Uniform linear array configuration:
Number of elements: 8
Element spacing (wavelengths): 0.25
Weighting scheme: binomial
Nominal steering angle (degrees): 45
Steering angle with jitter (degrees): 44.61
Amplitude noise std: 0.05
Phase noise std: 0.05

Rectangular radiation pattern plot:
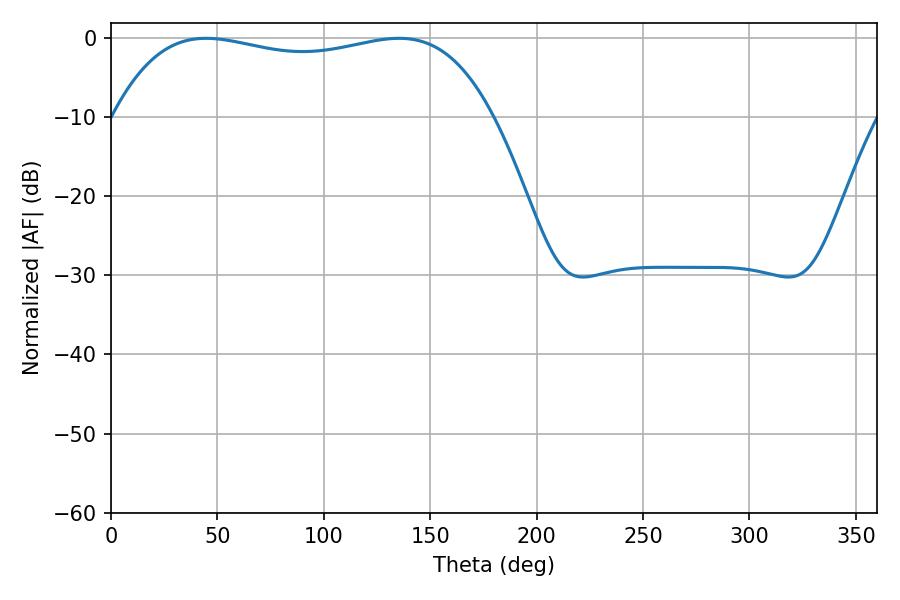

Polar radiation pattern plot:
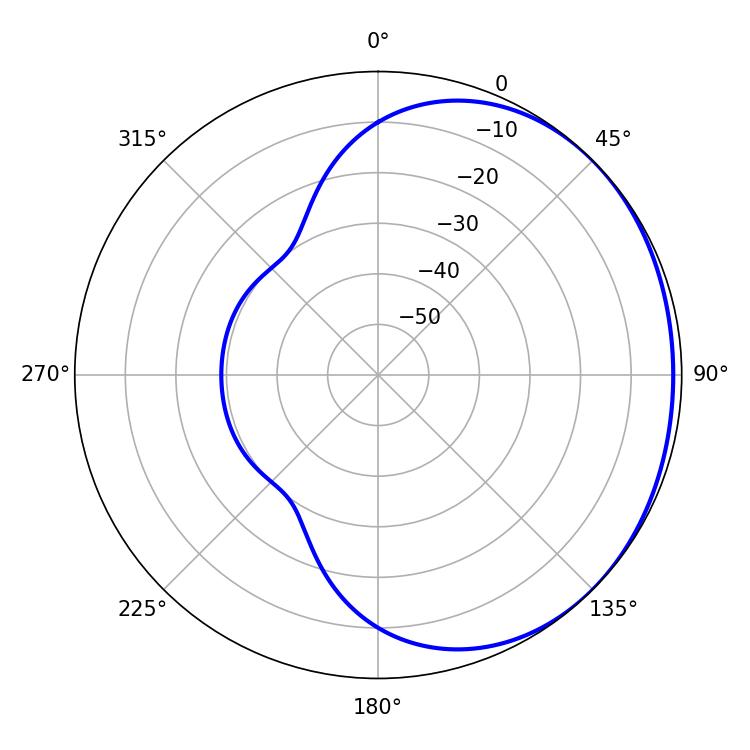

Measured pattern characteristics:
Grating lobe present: FALSE
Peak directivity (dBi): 0.9806
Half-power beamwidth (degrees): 143.64
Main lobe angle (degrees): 44.64